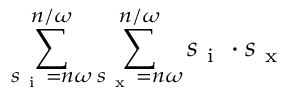
\sum _ { s _ { \mathrm { ~ i ~ } } = n \omega } ^ { n / \omega } \sum _ { s _ { \mathrm { ~ x ~ } } = n \omega } ^ { n / \omega } s _ { \mathrm { ~ i ~ } } \cdot s _ { \mathrm { ~ x ~ } }